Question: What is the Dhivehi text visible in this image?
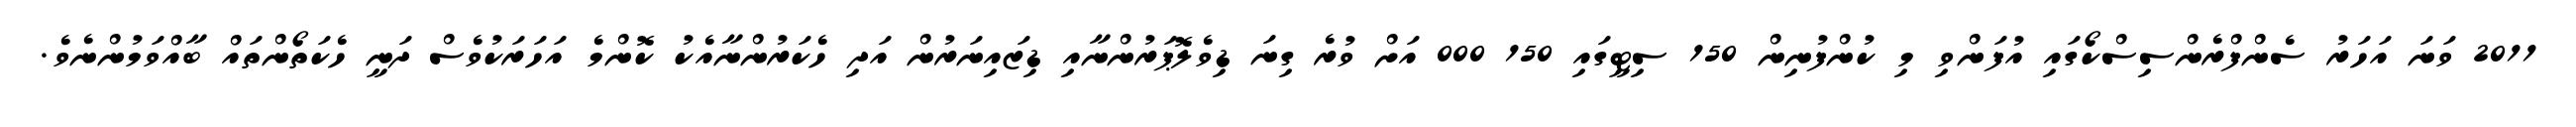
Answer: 2011 ވަނަ އަހަރު ސެންފްރެންސިސްކޯގައި އުފަންވި މި ކުންފުނިން 150 ސިޓީގައި 150 000 އަށް ވުރެ ގިނަ ޑިވެލޮޕަރުންނާއި ޑިޒައިނަރުން އަދި ހެކަރުންނާއެކު ކޮންމެ އަހަރަކުވެސް ދަނީ ހެކަތޯންތައް ބާއްވަމުންނެވެ.